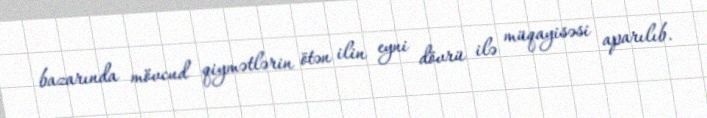
bazarında mövcud qiymətlərin ötən ilin eyni dövrü ilə müqayisəsi aparılıb.